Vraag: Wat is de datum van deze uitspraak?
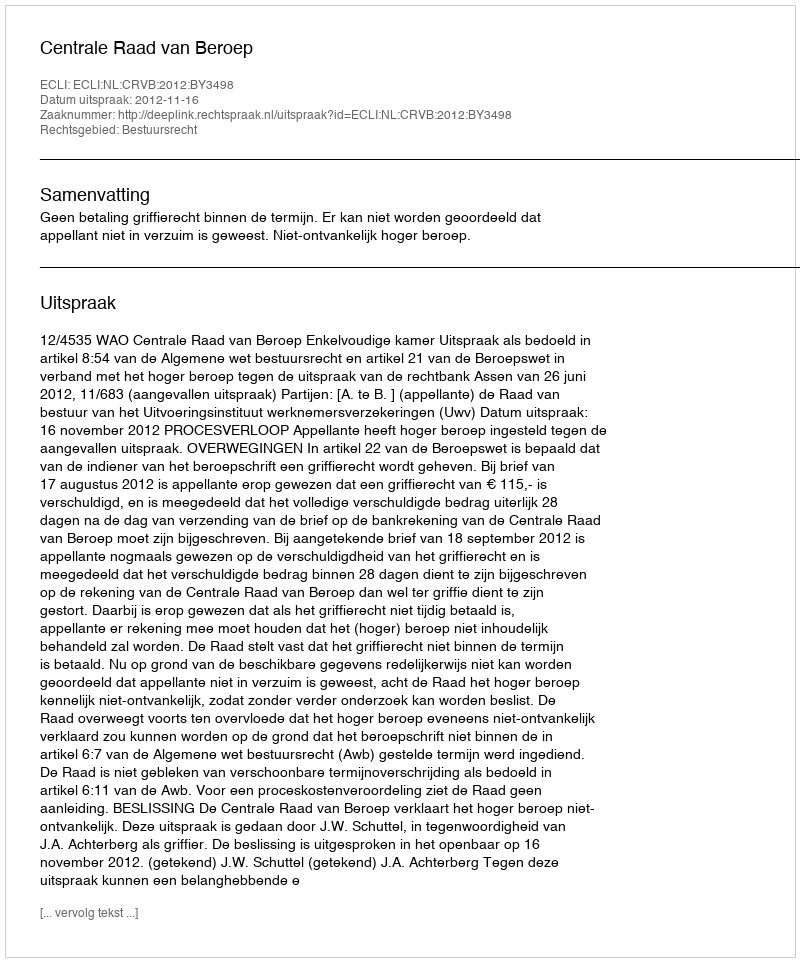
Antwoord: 2012-11-16